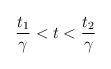
LaTeX: \begin{align*}\frac{t_{1}}{\gamma }<t<\frac{t_{2}}{\gamma }\end{align*}